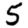
Digit: 5